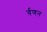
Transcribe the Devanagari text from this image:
र्वणन